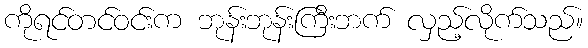
ကိုရင်တင်ဝင်းက ဘုန်းဘုန်းကြီးဘက် လှည့်လိုက်သည်။